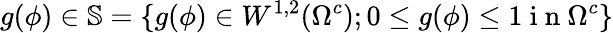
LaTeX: g(\phi)\in\mathbb{S}=\lbrace g(\phi)\in W^{1,2}(\Omega^{c});0\leq g(\phi)\leq 1\mathrm{~i~n~}\Omega^{c}\rbrace